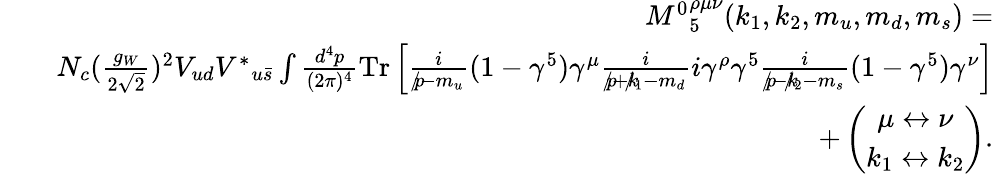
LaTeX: \begin{array}{rlr}&{}&{{M^{0}}_{5}^{\rho\mu\nu}(k_{1},k_{2},m_{u},m_{d},m_{s})=}\\ &{}&{N_{c}(\frac{g_{W}}{2\sqrt{2}})^{2}V_{ud}{V^{\ast}}_{u\bar{s}}\int\frac{d^{4}p}{(2\pi)^{4}}\mathrm{{Tr}}\left[\frac{i}{p\! \! \! /-m_{u}}(1-\gamma^{5})\gamma^{\mu}\frac{i}{p\! \! \! /+k\! \! \! /_{1}-m_{d}}i\gamma^{\rho}\gamma^{5}\frac{i}{p\! \! \! /-k\! \! \! /_{2}-m_{s}}(1-\gamma^{5})\gamma^{\nu}\right]}\\ &{}&{+\left(\begin{array}{c}{\mu\leftrightarrow\nu}\\ {k_{1}\leftrightarrow k_{2}}\end{array}\right).}\end{array}